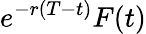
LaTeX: e^{-r(T-t)}F(t)